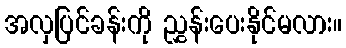
အလှပြင်ခန်းကို ညွှန်းပေးနိုင်မလား။